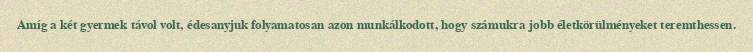
Amíg a két gyermek távol volt, édesanyjuk folyamatosan azon munkálkodott, hogy számukra jobb életkörülményeket teremthessen.